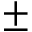
\pm